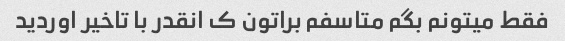
فقط میتونم بگم متاسفم براتون ک انقدر با تاخیر اوردید